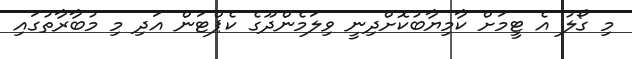
މި ގޯލު އެ ޓީމަށް ކާމިޔާބުކޮށްދިނީ ވިލަމެންދޫގެ ކެޕްޓަން އަދި މި މުބާރާތުގައި